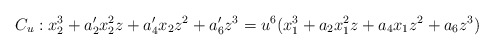
\begin{align*} C_u : x_2^3 + a'_2x_2^2z+a'_4x_2z^2+a'_6z^3 = u^6 (x_1^3+a_2x_1^2z+a_4x_1z^2+a_6z^3)\end{align*}